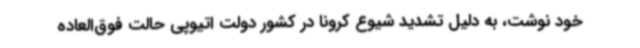
خود نوشت، به دلیل تشدید شیوع کرونا در کشور دولت اتیوپی حالت فوق‌العاده